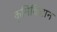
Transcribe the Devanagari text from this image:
कृमिविज्ञान